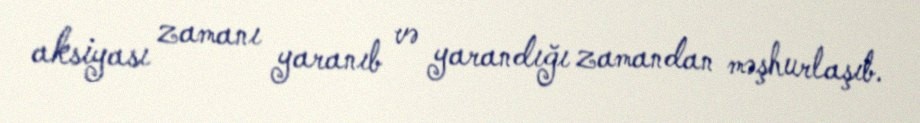
aksiyası zamanı yaranıb və yarandığı zamandan məşhurlaşıb.